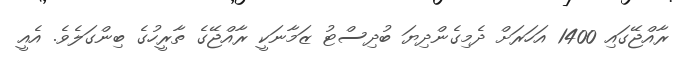
ރާއްޖޭގައި 1400 އަހަރަށް ދެމިގެންދިޔަ ބުދިސްޓު ޒަމާނަކީ ރާއްޖޭގެ ތާރީހުގެ ބިންގަލެވެ. އެއީ